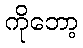
ကိုဘော့